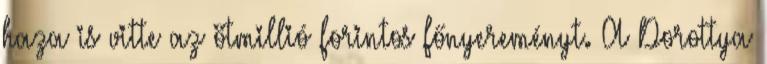
haza is vitte az ötmillió forintos főnyereményt. A Dorottya